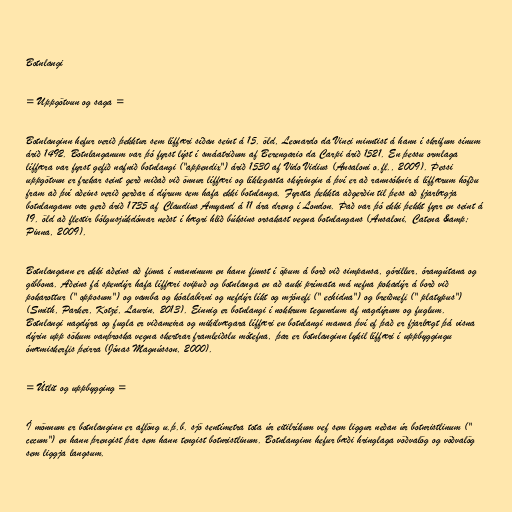
Botnlangi

= Uppgötvun og saga =

Botnlanginn hefur verið þekktur sem líffæri síðan seint á 15. öld, Leonardo da Vinci minntist á hann í skrifum sínum
árið 1492. Botnlanganum var þó fyrst lýst í smáatriðum af Berengario da Carpi árið 1521. En þessu ormlaga
líffæra var fyrst gefið nafnið botnlangi ("appendix") árið 1530 af Vido Vidius (Ansaloni o.fl., 2009). Þessi
uppgötvun er frekar seint gerð miðað við önnur líffæri og líklegasta skýringin á því er að rannsóknir á líffærum höfðu
fram að því aðeins verið gerðar á dýrum sem hafa ekki botnlanga. Fyrsta þekkta aðgerðin til þess að fjarlægja
botnlangann var gerð árið 1735 af Claudius Amyand á 11 ára dreng í London. Það var þó ekki þekkt fyrr en seint á
19. öld að flestir bólgusjúkdómar neðst í hægri hlið búksins orsakast vegna botnlangans (Ansaloni, Catena &amp;
Pinna, 2009).

Botnlangann er ekki aðeins að finna í manninum en hann finnst í öpum á borð við simpansa, górillur, órangútana og
gibbona. Aðeins fá spendýr hafa líffæri svipuð og botnlanga en að auki prímata má nefna pokadýr á borð við
pokarottur (" opposum") og vamba og kóalabirni og nefdýr líkt og mjónefi (" echidna") og breiðnefi (" platypus")
(Smith, Parker, Kotzé, Laurin, 2013). Einnig er botnlangi í nokkrum tegundum af nagdýrum og fuglum.
Botnlangi nagdýra og fugla er viðameira og mikilvægara líffæri en botnlangi manna því ef það er fjarlægt þá visna
dýrin upp sökum vanþroska vegna skertrar framleiðslu mótefna, þar er botnlanginn lykil líffæri í uppbyggingu
ónæmiskerfis þeirra (Jónas Magnússon, 2000).

= Útlit og uppbygging =

Í mönnum er botnlanginn er aflöng u.þ.b. sjö sentímetra tota úr eitilríkum vef sem liggur neðan úr botnristlinum ("
cecum") en hann þrengist þar sem hann tengist botnristlinum. Botnlanginn hefur bæði hringlaga vöðvalög og vöðvalög
sem liggja langsum.